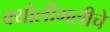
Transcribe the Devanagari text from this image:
क्योलीगलीचे